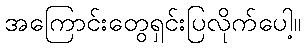
အကြောင်းတွေရှင်းပြလိုက်ပေါ့။